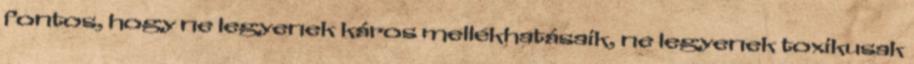
fontos, hogy ne legyenek káros mellékhatásaik, ne legyenek toxikusak